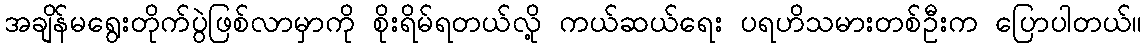
အချိန်မရွေးတိုက်ပွဲဖြစ်လာမှာကို စိုးရိမ်ရတယ်လို့ ကယ်ဆယ်ရေး ပရဟိသမားတစ်ဦးက ပြောပါတယ်။